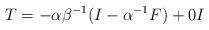
LaTeX: \begin{align*}T = - \alpha \beta^{-1} (I - \alpha^{-1} F) + 0 I \end{align*}